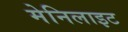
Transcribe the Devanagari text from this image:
मेनिलाइट